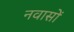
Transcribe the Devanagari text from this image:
नवासों